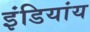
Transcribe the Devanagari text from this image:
इंडियांय